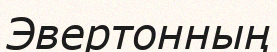
Эвертонның